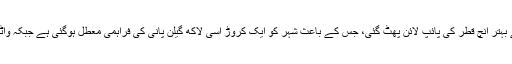
تفصیلات کے مطابق دھابیجی پمپنگ اسٹیشن پر بجلی کا بریک ڈاون سے بہتر انچ قطر کی پائپ لائن پھٹ گئی، جس کے باعث شہر کو ایک کروڑ اسی لاکھ گیلن پانی کی فراہمی معطل ہوگئی ہے جبکہ واٹر بورڈ حکام کی جانب سے مرمتی کام ابھی تک شروع نہیں کیا گیا ہے۔